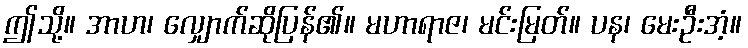
ဤသို့။ အာဟ၊ လျှောက်ဆိုပြန်၏။ မဟာရာဇ၊ မင်းမြတ်။ ပန၊ မေးဦးအံ့။